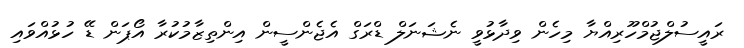
ރައީސުލްޖުމްހޫރިއްޔާ މިހެން ވިދާޅުވީ ނެޝަނަލް ޑްރަގް އެޖެންސީން އިންތިޒާމުކުރާ އޯޕަން ޑޭ ހުޅުއްވައި